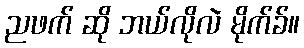
ညဖက် ဆို ဘယ်လိုလဲ မိုက်ခ်။